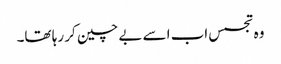
وہ تجسس اب اسے بے چین کر رہا تھا۔